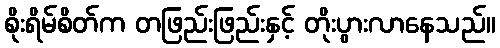
စိုးရိမ်စိတ်က တဖြည်းဖြည်းနှင့် တိုးပွားလာနေသည်။